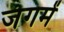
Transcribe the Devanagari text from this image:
जंगमें